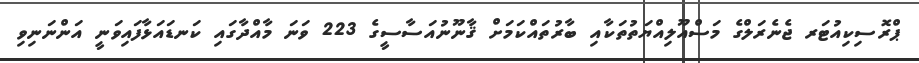
ޕްރޮސިކިއުޓަރ ޖެނެރަލްގެ މަސްއޫލިއްޔަތުތަކާއި ބާރުތައްކަމަށް ޤާނޫނުއަސާސީގެ 223 ވަނަ މާއްދާގައި ކަނޑައަޅާފައިވަނީ އަންނަނިވި